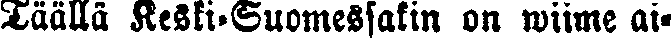
Täällä Keski-Suomessakin on wiime ai-